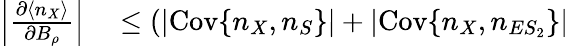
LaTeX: \begin{array}{rl}{\left|\frac{\partial\langle n_{X}\rangle}{\partial B_{\rho}}\right|}&{{}\leq(|\mathrm{Cov}\{ n_{X},n_{S}\} |+|\mathrm{Cov}\{ n_{X},n_{ES_{2}}\} |}\end{array}